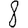
Digit: 8